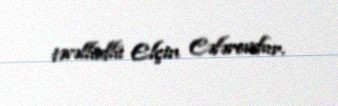
təvəllüdlü Elçin Cəfərovdur.